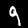
Label: 9